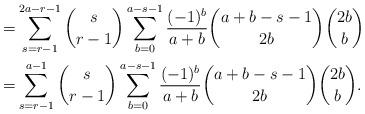
LaTeX: \begin{align*}=& \sum_{s=r-1}^{2a-r-1} \binom{s}{r-1} \sum_{b=0}^{a-s-1}\frac{(-1)^{b}}{a+b} \binom{a+b-s-1}{2b}\binom{2b}{b}\\=& \sum_{s=r-1}^{a-1} \binom{s}{r-1} \sum_{b=0}^{a-s-1}\frac{(-1)^{b}}{a+b} \binom{a+b-s-1}{2b} \binom{2b}{b}.\end{align*}